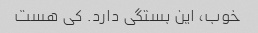
خوب، این بستگی دارد. کی هست